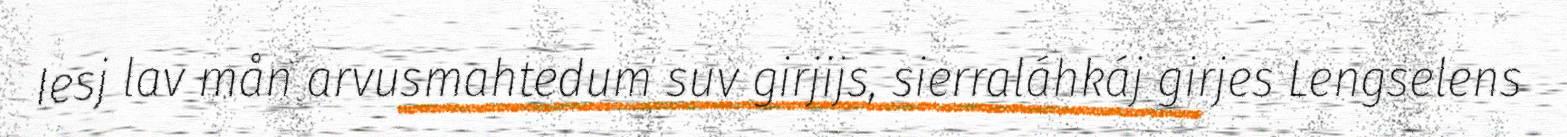
Iesj lav mån arvusmahtedum suv girjijs, sierraláhkáj girjes Lengselens